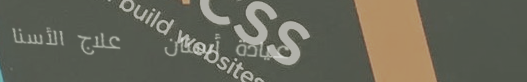
عيادة أسنان   علاج الأسنا